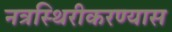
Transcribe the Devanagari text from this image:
नत्रस्थिरीकरण्यास